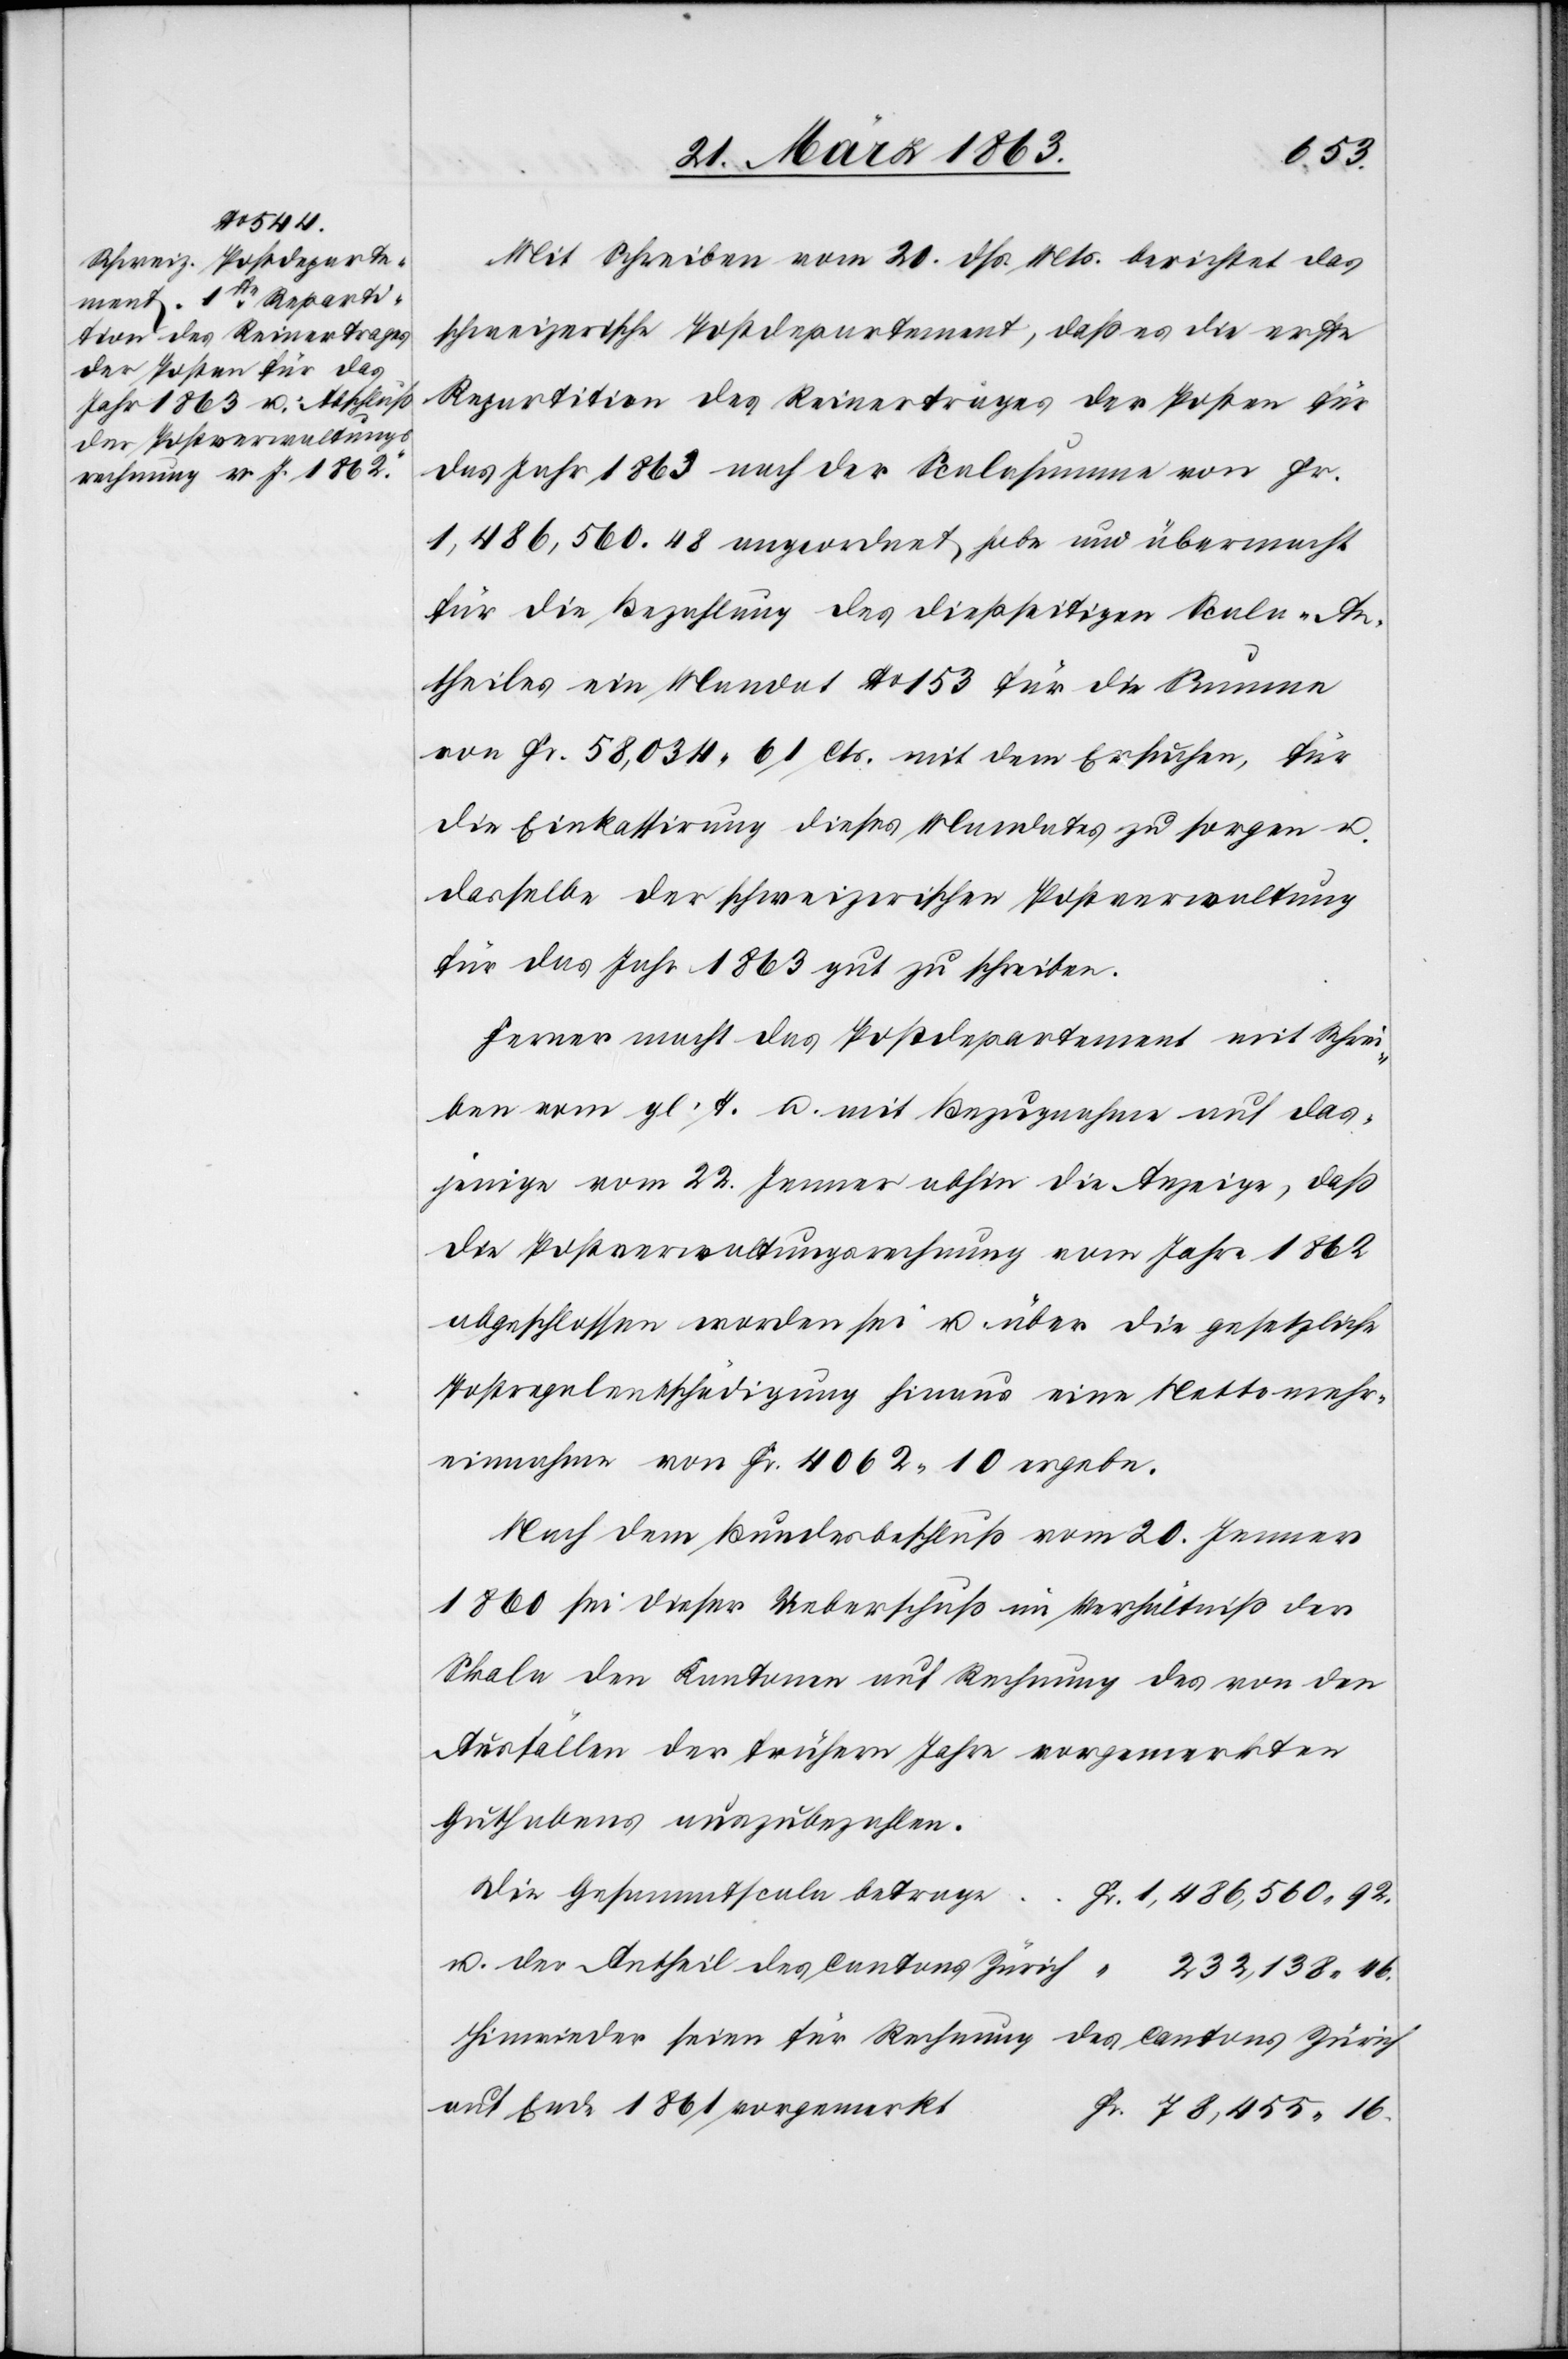
78,455.

21. März 1863.]
Mit Schreiben vom 20. dß. Mts. berichtet das
schweizerische Postdepartement, daß es die erste
Repartition des Reinertrages der Posten für
das Jahr 1863 nach der Scalasumme von Fr.
1,486,560. 48 angeordnet habe und übermacht
für die Bezahlung des dießseitigen Scala-An¬
theiles ein Mandat No 153 für die Summe
von Fr. 58,034. 61 Cts. mit dem Ersuchen, für
die Einkassirung dieses Mandates zu sorgen u.
dasselbe der schweizerischen Postverwaltung
für das Jahr 1863 gut zu schreiben.
Ferner macht das Postdepartement mit Schrei¬
ben vom gl. T. u. mit Bezugnahme auf das¬
jenige vom 22. Jenner abhin die Anzeige, daß
die Postverwaltungsrechnung vom Jahre 1862
abgeschlossen worden sei u. über die gesetzliche
Postregalentschädigung hinaus eine Nettomehr¬
einnahme von Fr. 4062. 10 ergebe.
Nach dem Bundesbeschluß vom 20. Jenner
1860 sei dieser Ueberschuß im Verhältniß der
Skala den Kantonen auf Rechnung des von den
Ausfällen der frühern Jahre vorgemerkten
Guthabens auszubezahlen.
Die Gesammtscala betrage
1,486,560.
Hinwieder seien für Rechnung
des Cantons Zürich
auf Ende 1861 vorgemerkt